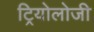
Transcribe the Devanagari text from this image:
ट्रियोलोजी